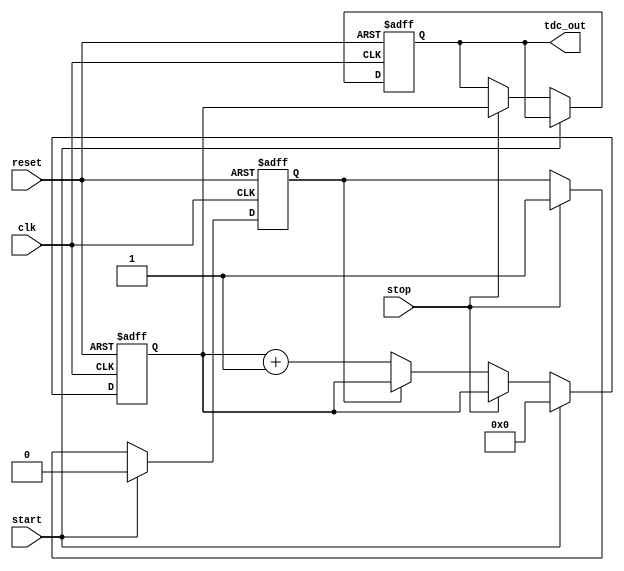
module TDC (
    input wire clk,             // System clock
    input wire reset,           // Asynchronous reset
    input wire start,           // Start signal
    input wire stop,            // Stop signal
    output reg [N-1:0] tdc_out  // Output digital value (N is the number of bits)
);

parameter N = 8;               // Number of bits for the output
parameter DELAY_STAGES = 16;   // Number of delay stages in the delay line

reg [N-1:0] counter;           // Counter to count clock cycles
reg [DELAY_STAGES-1:0] delay_line; // Delay line
reg sampling;                  // Sampling flag

// Delay line implementation (simple shift register)
always @(posedge clk or posedge reset) begin
    if (reset) begin
        delay_line <= 0;
    end else begin
        delay_line <= {delay_line[DELAY_STAGES-2:0], start}; // Shift in the start signal
    end
end

// Counter logic
always @(posedge clk or posedge reset) begin
    if (reset) begin
        counter <= 0;
        tdc_out <= 0;
        sampling <= 0;
    end else if (start) begin
        counter <= 0;          // Reset counter on start
        sampling <= 0;         // Clear sampling flag
    end else if (stop) begin
        tdc_out <= counter;    // Capture counter value on stop
        sampling <= 1;         // Set sampling flag
    end else if (!sampling) begin
        counter <= counter + 1; // Increment counter if not sampling
    end
end

endmodule